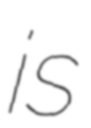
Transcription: is